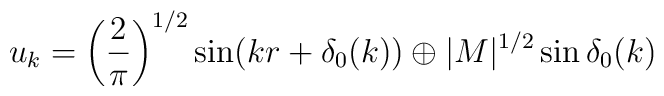
u_k = \left(\frac{2}{\pi}\right)^{1/2}\sin (kr+\delta_0(k)) \oplus|M|^{1/2}\sin\delta_0(k)